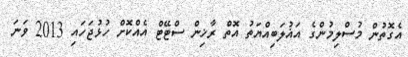
އެގޮތުން މުސްލިމުންގެ އަޣުލަބިއްޔަތު އޮތް ރާޚިން ސްޓޭޓް އެއްކޮށް ހުޅުޖަހައި 2013 ވަނަ